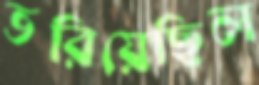
ভরিয়েছিল